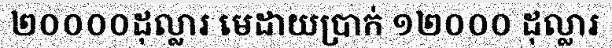
២០០០០ដុល្លារ មេដាយប្រាក់ ១២០០០ ដុល្លារ